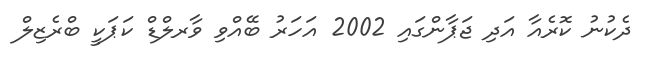
ދެކުނު ކޮރެއާ އަދި ޖަޕާންގައި 2002 އަހަރު ބޭއްވި ވާރލްޑް ކަޕަކީ ބްރެޒިލް